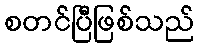
စတင်ပြီဖြစ်သည်